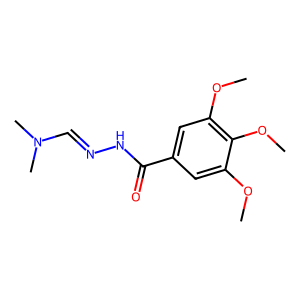
SMILES: COc1cc(C(=O)NN=CN(C)C)cc(OC)c1OC
Inhibits HIV replication: No